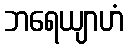
ဘရေယျာဟံ